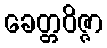
ခေတ္တဝိဇ္ဇာ